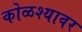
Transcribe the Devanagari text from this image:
कोळश्यावर